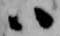
ハ